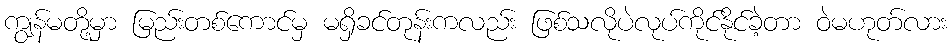
ကျွန်မတို့မှာ မြည်းတစ်ကောင်မှ မရှိခင်တုန်းကလည်း ဖြစ်သလိုပဲလုပ်ကိုင်နိုင်ခဲ့တာ ဝဲမဟုတ်လား